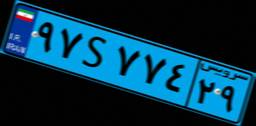
۷۴S۴۳۲۹۲